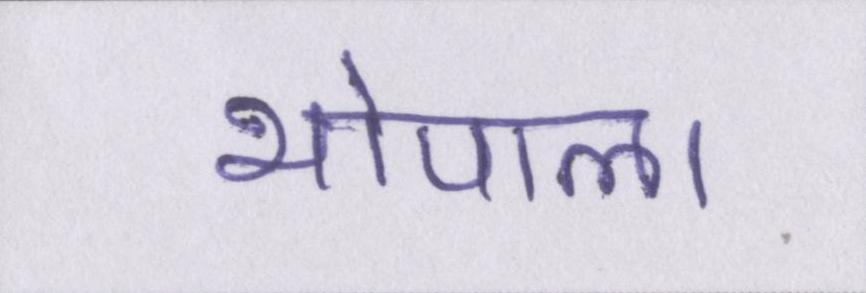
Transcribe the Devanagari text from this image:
भोपाल।